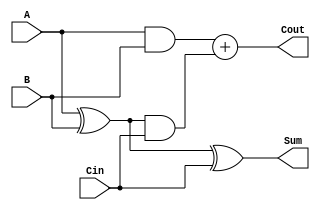
`timescale 1ns / 1ps

module FullAdder(
    input A, B, Cin,
    output Sum, Cout
    );
    
    assign Sum = (A^B)^Cin;
    assign Cout = (A&B)+((A^B)&Cin);
    
endmodule